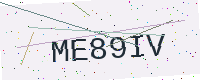
Text: ME89IV